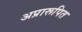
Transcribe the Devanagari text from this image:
अप्रारूपित